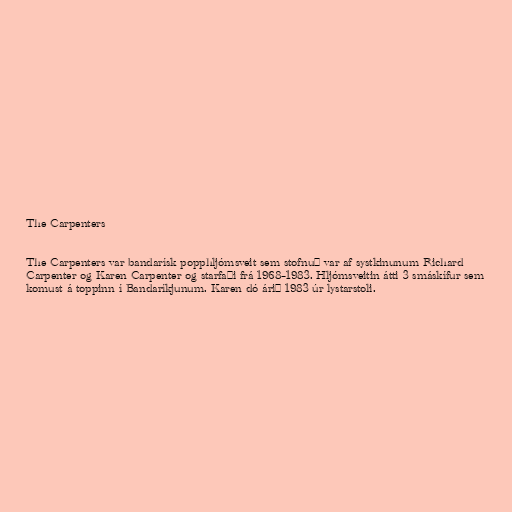
The Carpenters

The Carpenters var bandarísk popphljómsveit sem stofnuð var af systkinunum Richard
Carpenter og Karen Carpenter og starfaði frá 1968–1983. Hljómsveitin átti 3 smáskífur sem
komust á toppinn í Bandaríkjunum. Karen dó árið 1983 úr lystarstoli.